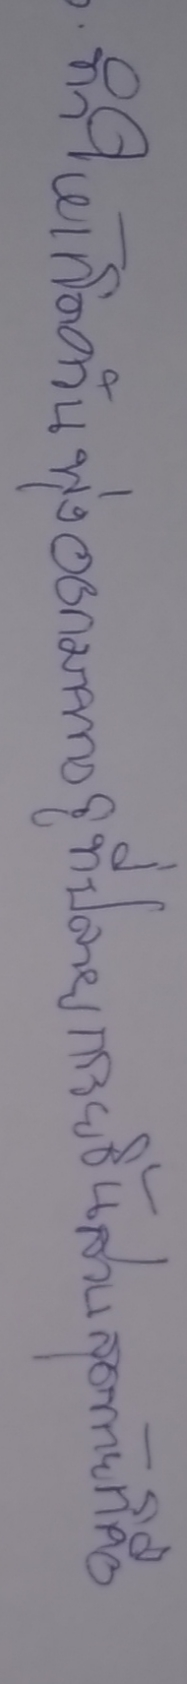
ทำให้เกิดควันพุ่งออกมาทางรูที่ปลายกรวยชิ้นส่วนสุดท้ายก็คือ